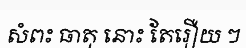
សំពះ ធាតុ នោះ តែរឿយ ៗ